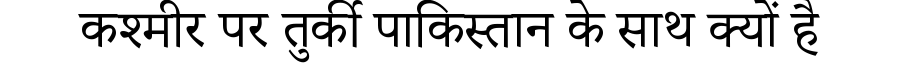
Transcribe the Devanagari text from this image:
कश्मीर पर तुर्की पाकिस्तान के साथ क्यों है